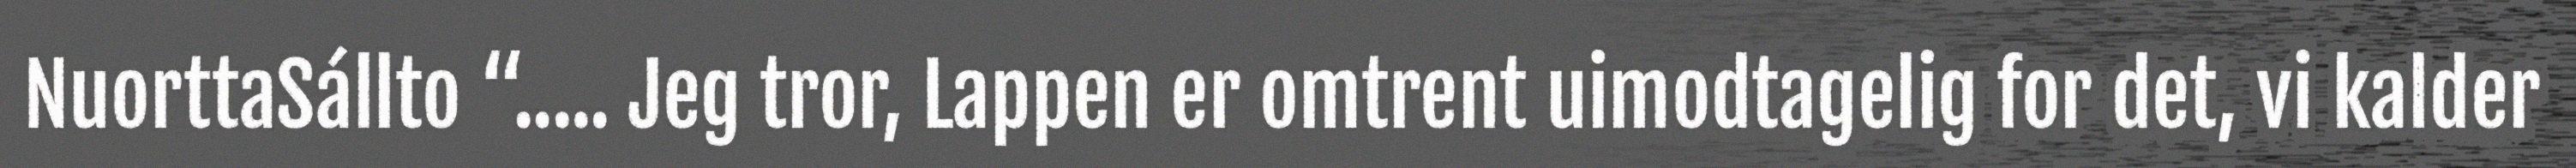
NuorttaSállto “..... Jeg tror, Lappen er omtrent uimodtagelig for det, vi kalder